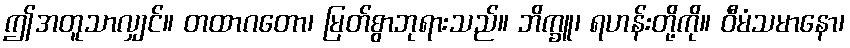
ဤအတူသာလျှင်။ တထာဂတော၊ မြတ်စွာဘုရားသည်။ ဘိက္ခူ၊ ရဟန်းတို့ကို။ ဝီမံသမာနော၊